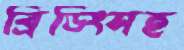
ব্রিডিংসহ